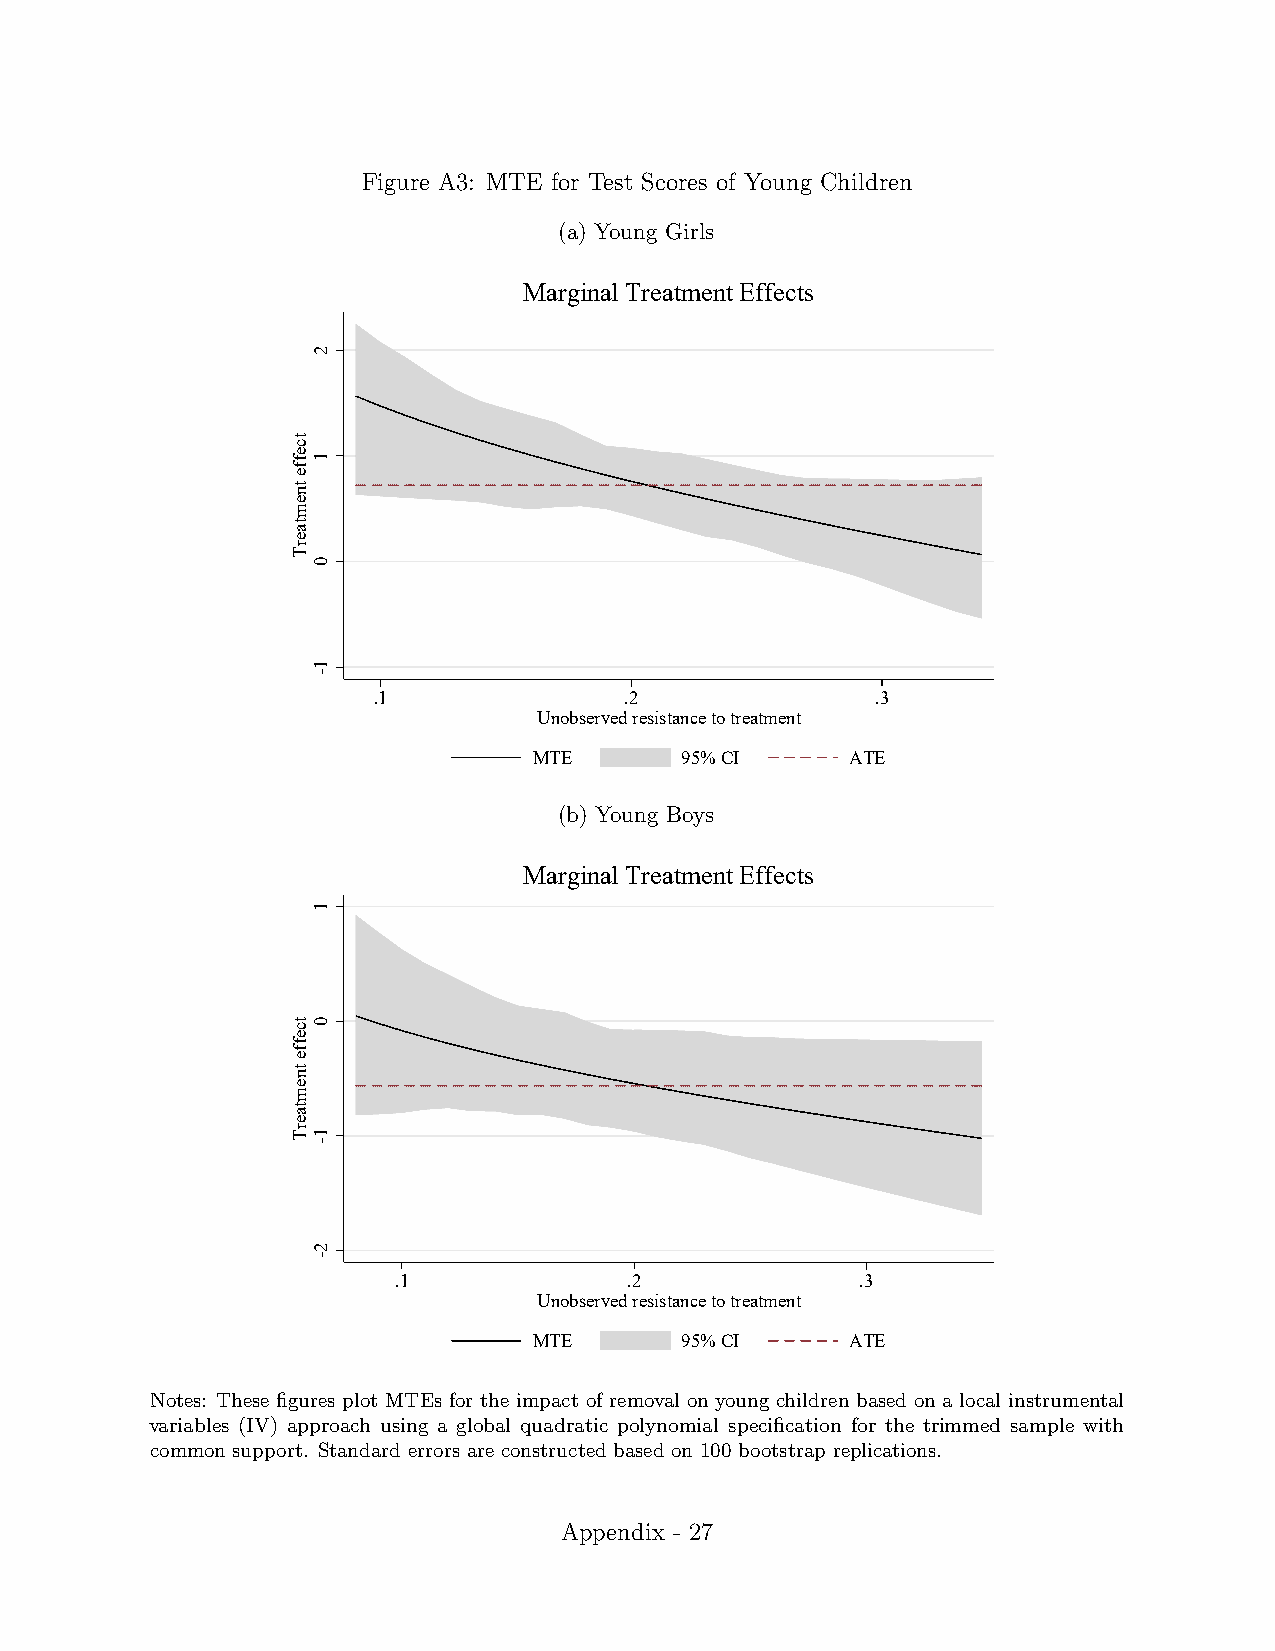
Figure A3: MTE for Test Scores of Young Children
 (a) Young Girls
 Marginal Treatment Effects
 .1              .2               .3
 Unobserved resistance to treatment
 MTE       95% CI     ATE
 (b) Young Boys
 Marginal Treatment Effects
 .1              .2             .3
 Unobserved resistance to treatment
 MTE       95% CI     ATE
 Notes: These figures plot MTEs for the impact of removal on young children based on a local instrumental
 variables (IV) approach using a global quadratic polynomial specification for the trimmed sample with
 common support. Standard errors are constructed based on 100 bootstrap replications.
 Appendix - 27
 tceffe
 tnemtaerT
 tceffe
 tnemtaerT
 2
 1
 0
 1-
 1
 0
 1-
 2-